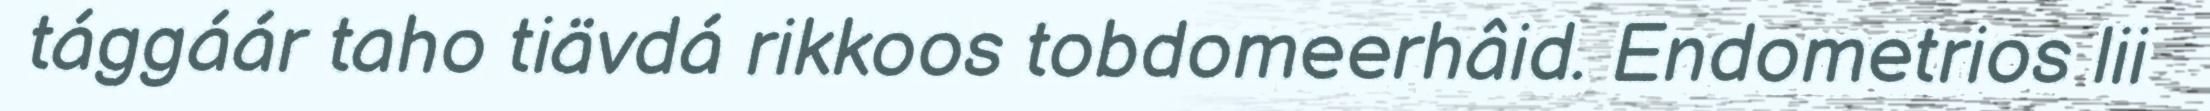
tággáár taho tiävdá rikkoos tobdomeerhâid. Endometrios lii